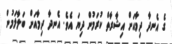
ގެ އެނދާ ދިމާއަށް އިޝާރާތް ކުރަމުން ދިޔަ އެވެ. އެނދާ ދިމާއަށް ބަލާލަމުން